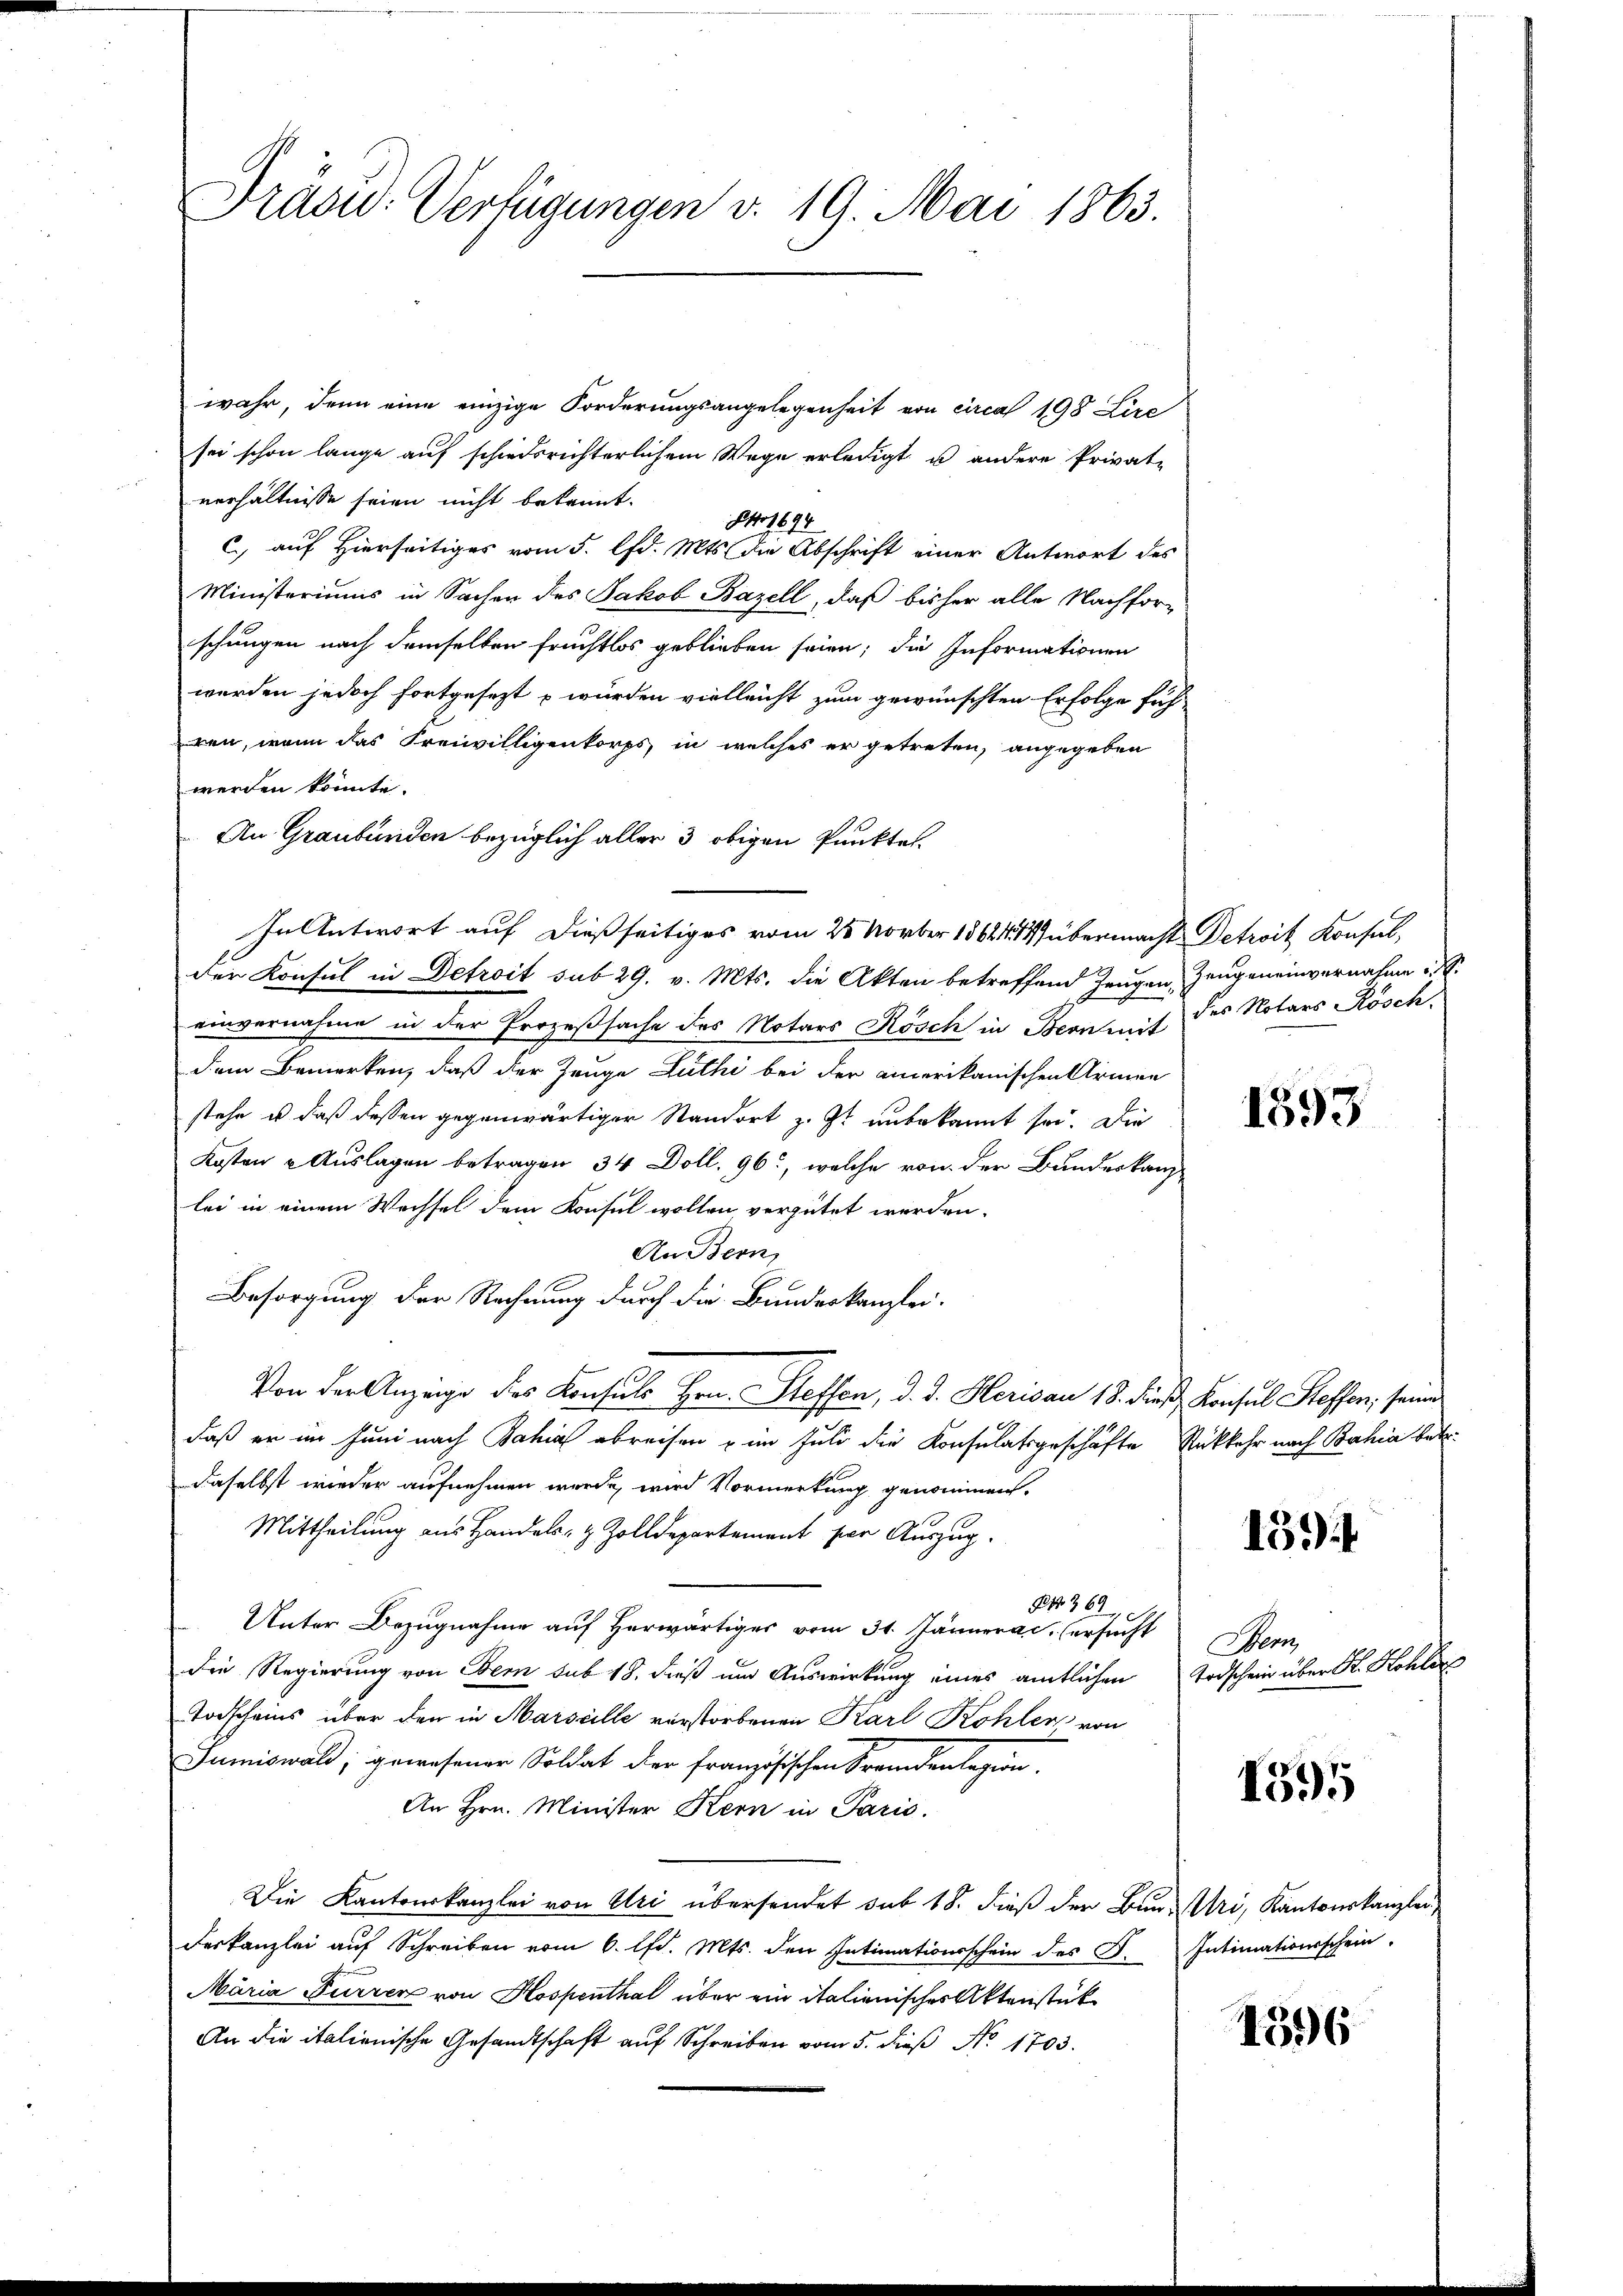
Präsid. Verfügungen v. 19. Mai 1863.

wahr, denn eine einzige Forderungsangelegenheit von circa 198 Lire
sei schon lange auf schiedsrichterlichem Wege erledigt u andere Private
verhältnisse seien nicht bekannt.
Ao 1694
c auf Hierseitiges vom 5. d. Mts. die Abschrift einer Antwort des
Ministeriums in Sachen des Jakob Bazell, daß bisher alle Nachforschungen nach demselben fruchtlos geblieben seien; die Informationen
werden jedoch fortgesezt würden vielleicht zum gewünschten Erfolge füh
ren, wenn das Freiwilligenkorps, in welches er getreten, angegeben
werden könnte.
An Graubünden bezüglich aller 3 obigen Punktes.
In Antwort auf dießseitiges vom 28 Novber 1862 übermacht Detroit Konsul,
der Konsul in Detroit sub 29. v. Mts. die Akten betreffend Zeugen Zeugeneinvernahme
einvernahme in der Prozeßsache des Notars Rösch in Bern mit des Notars Rösch,
dem Bemerken, daß der Zeuge Luthi bei der amerikanischen Armen
stehe u. daß dessen gegenwärtiger Standort z. Zt. unbekannt sei. Die
Kosten & Auslagen betragen 34 Doll, 96, welche von der Bundeskanzlei in einem Wechsel dem Konsul wollen, vergütet werden.
An Bern,
Besorgung der Rechnung durch die Bundeskanzlei-
Von der Anzeige des Konsuls Hrn. Steffen, d. J. Herisau 18. dieß Konsul Steffen, seine
daß er im Juni nach Bahia abreisen u im Juli die Konsulatsgeschäfte Rückkehr nach Bahia betr.
daselbst wieder aufnehmen werde, wird Vormerkung genommen.
Mittheilung aus Handels- & Zolldepartement per Auszug.
B 369
Unter Bezugnahme auf herwärtiger vom 31. Jännera c. ersucht
die Regierung von Bem sub 18. dieß und Auswirkung eines amtlichen
Todscheins über den in Marseille verstorbenen Karl Kohler von
Jumiswald, gewesener Soldat der französischen Fremdenlagion.
An Hrn. Minister Kern in Paris.
Die Kantonskanzlei von Uri übersendet sub 18. dieß der Bun- Uri, Kantonskanzlei
deskanzlei aŭf Schreiben vom 6. lfd. Mts. den Intimationsschein des F. Intimationsschein-
Märia Furren von Hospenthal über ein italienisches Aktenstück
An die italienische Gesandtschaft auf Schreiben vom 5. dieß No. 1703.

1595

159

Seon
Todschein über H. Kohler

1595

1396